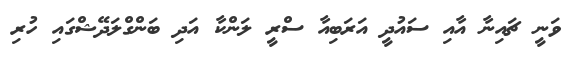
ވަނީ ޗައިނާ އާއި ސައުދީ އަރަބިއާ ސްރީ ލަންކާ އަދި ބަންގްލަދޭޝްގައި ހުރި